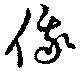
俄